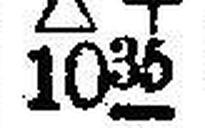
∆ + 1035